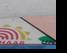
Signature authenticity: forged